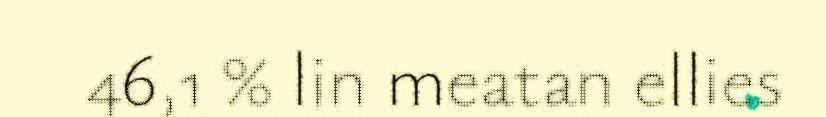
46,1 % lin meatan ellies